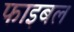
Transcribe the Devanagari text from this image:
फाइबल